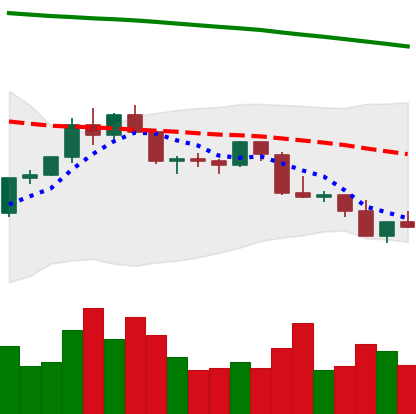
Ticker: LTC-USD
Chart end date: 2022-02-23
Forward return: 7.086%
Label: up_7plus